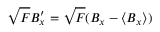
\sqrt { F } B _ { x } ^ { \prime } = \sqrt { F } ( B _ { x } - \langle B _ { x } \rangle )